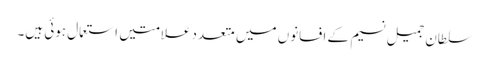
سلطان جمیل نسیم کے افسانوں میں متعدد علامتیں استعمال ہوئی ہیں۔